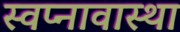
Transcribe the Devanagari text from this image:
स्वप्नावास्था